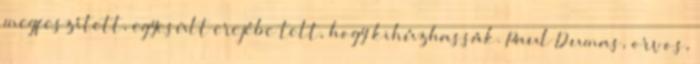
megfeszített, egyesült erejébe telt, hogy kihúzhassák. Paul Dumas, orvos,